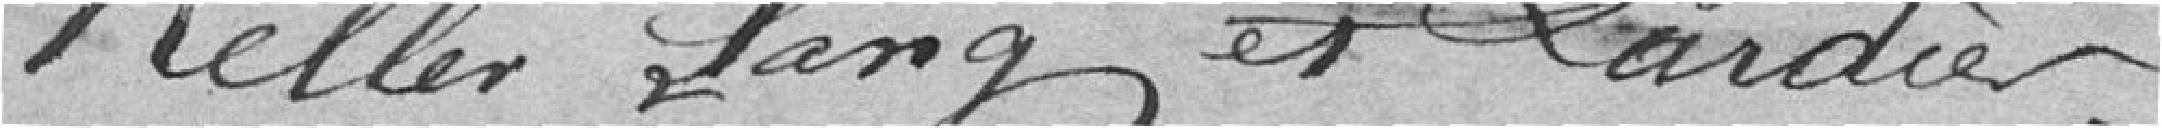
Keller, Lang et Lardier.